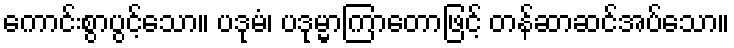
ကောင်းစွာပွင့်သော။ ပဒုမံ၊ ပဒုမ္မာကြာတောဖြင့် တန်ဆာဆင်အပ်သော။